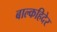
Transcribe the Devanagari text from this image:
बाल्कहिदेर